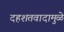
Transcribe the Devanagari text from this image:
दहशतवादामुळे